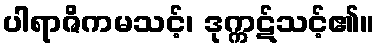
ပါရာဇိကမသင့်၊ ဒုက္ကဋ်သင့်၏။